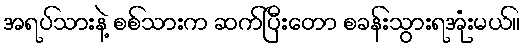
အရပ်သားနဲ့ စစ်သားက ဆက်ပြီးတော စခန်းသွားရအုံးမယ်။